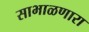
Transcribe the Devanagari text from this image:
साभाळणारा